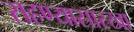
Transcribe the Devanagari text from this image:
राहण्यासारखा